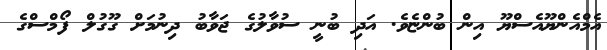
އެމްއެންޔޫއެސްޔޫ އިން ބުންޏެވެ. އަދި ބުނީ ސުވާލުގެ ޖަވާބު ދިނުމަށް ގޫގުލް ފޯމްސްގެ